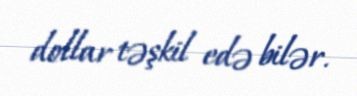
dollar təşkil edə bilər.